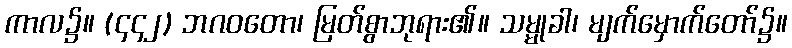
ကာလ၌။ (၄၄၂) ဘဂဝတော၊ မြတ်စွာဘုရား၏။ သမ္မုခါ၊ မျက်မှောက်တော်၌။